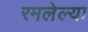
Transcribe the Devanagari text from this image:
रमलेल्या